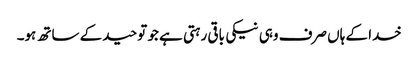
خدا کے ہاں صرف وہی نیکی باقی رہتی ہے جو توحید کے ساتھ ہو۔